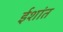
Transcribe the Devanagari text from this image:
ईशांत